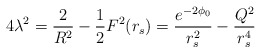
\begin{align*}4 \lambda^{2} = \frac{2}{R^{2}} - \frac{1}{2}F^{2}(r_{s}) =\frac{e^{-2\phi_{0}}}{r_{s}^{2}} - \frac{Q^{2}}{r_{s}^{4}}\end{align*}